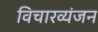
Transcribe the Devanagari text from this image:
विचारव्यंजन